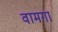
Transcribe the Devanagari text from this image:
वामगा